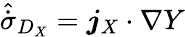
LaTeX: \hat{\dot{\sigma}}_{D_{X}}=\boldsymbol{j}_{X}\cdot\nabla Y